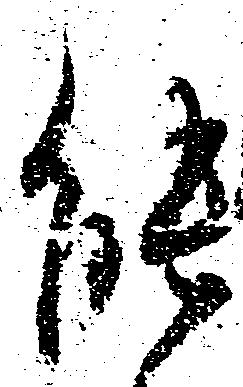
能